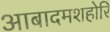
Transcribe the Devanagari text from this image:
आबादमशहोरि